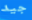
جيد